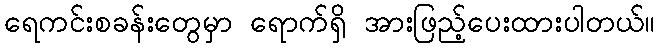
ရေကင်းစခန်းတွေမှာ ရောက်ရှိ အားဖြည့်ပေးထားပါတယ်။